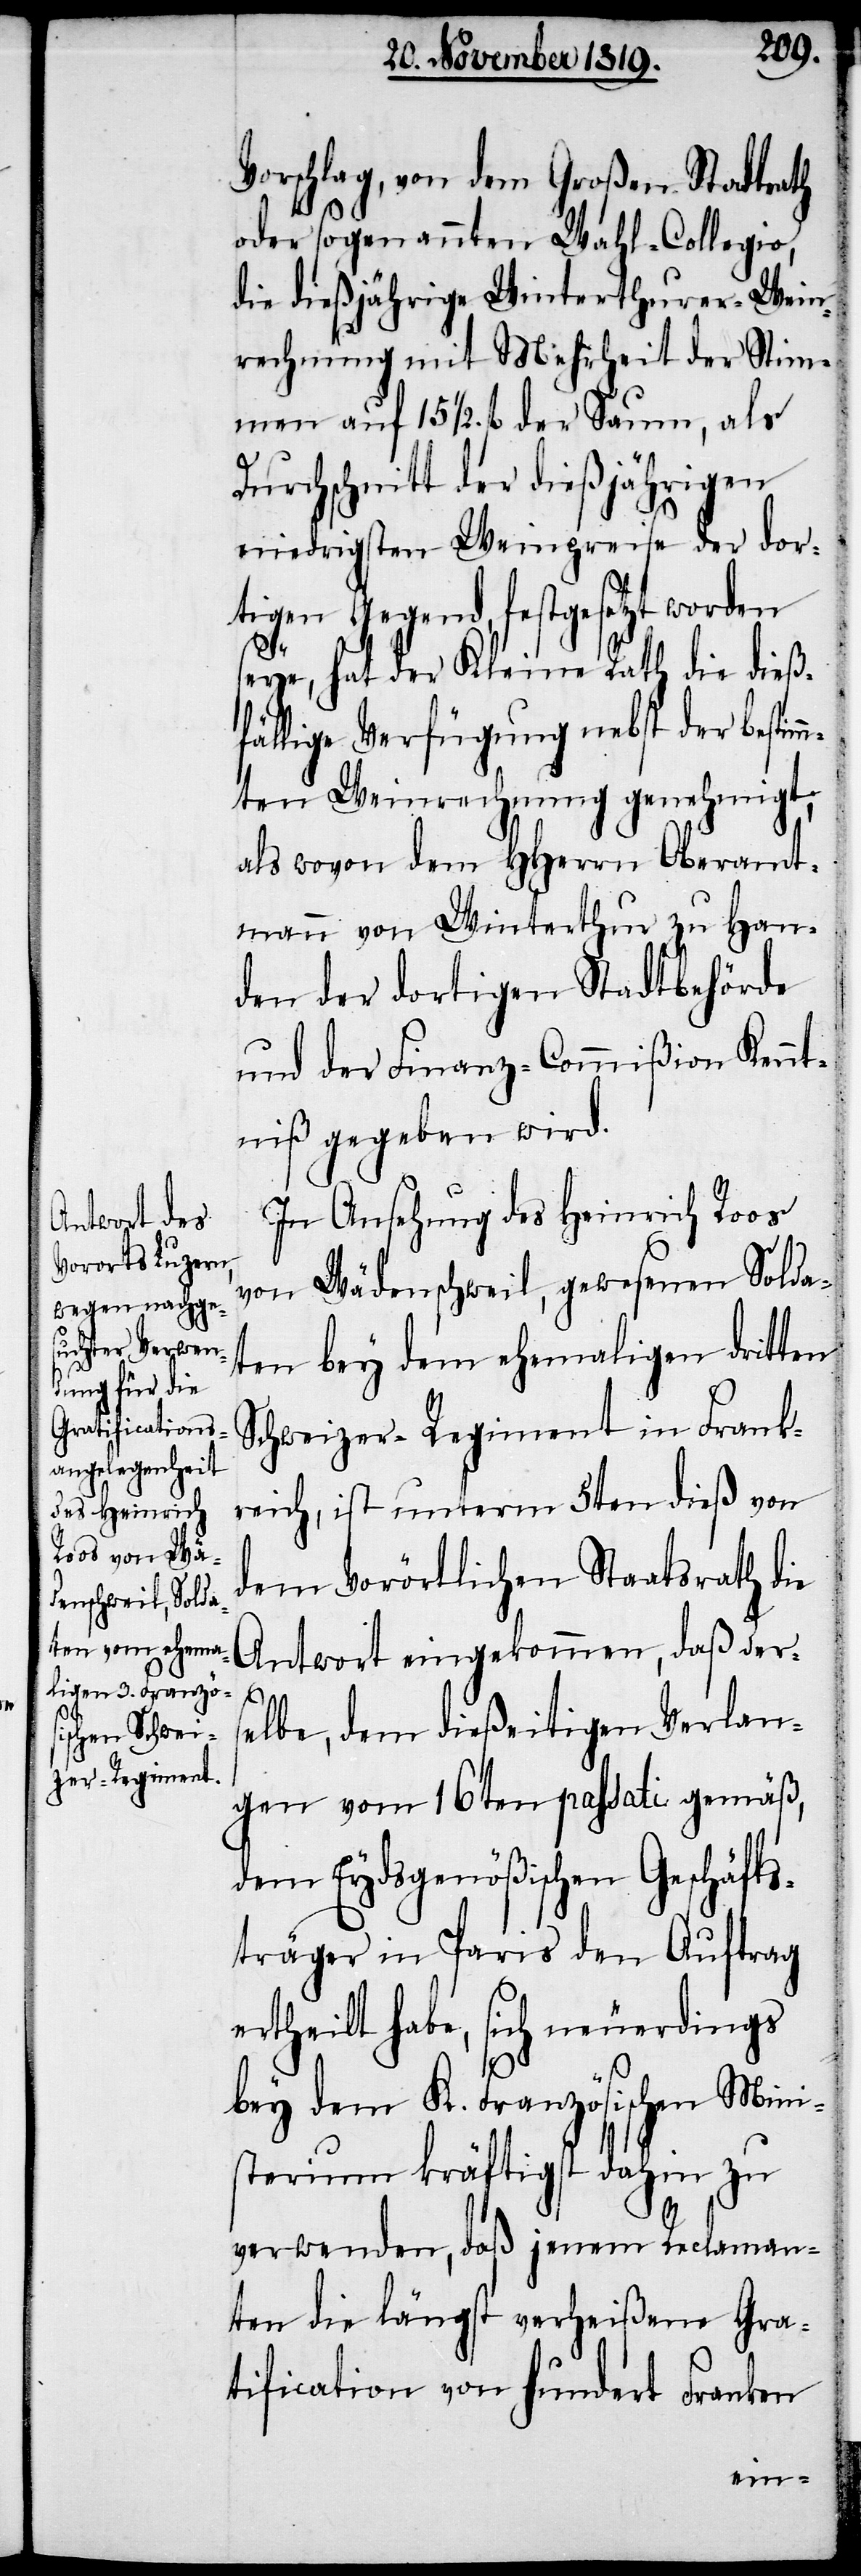
Vorschlag, von dem Großen Stadtrath
oder sogenannten Wahl-Collegio,
die dießjährige Winterthurer-Wein¬
rechnung mit Mehrheit der Stim¬
men auf 15 ½. fl. den Saum, als
Durchschnitt der dießjährigen
niedrigsten Weinpreise der dor¬
tigen Gegend, festgesetzt worden
seye, hat der Kleine Rath die dieß¬
fällige Verfügung nebst der bestim¬
mten Weinrechnung genehmigt,
als wovon dem HHerrn Oberamt¬
mann von Winterthur zu Han¬
den der dortigen Stadtbehörde
und der Finanz-Commißion Kennt¬
niß gegeben wird.
In Ansehung des Heinrich Roos
von Wädenschweil, gewesenen Solda¬
ten bey dem ehemaligen dritten
Schweizer-Regiment in Frank¬
reich, ist unterm 5ten dieß von
dem Vorörtlichen Staatsrath die
Antwort eingekommen, daß ders¬
elbe, dem dießeitigen Verlan¬
gen vom 16ten passati gemäß,
dem Eydsgenößischen Geschäfts¬
träger in Paris den Auftrag
ertheilt habe, sich neuerdings
bey dem K. Französischen Mini¬
sterium kräftigst dahin zu
verwenden, daß jenem Reclaman¬
ten die längst verheißene Gra¬
tification von hundert Franken